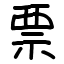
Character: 票